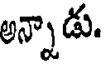
అన్నాడు.